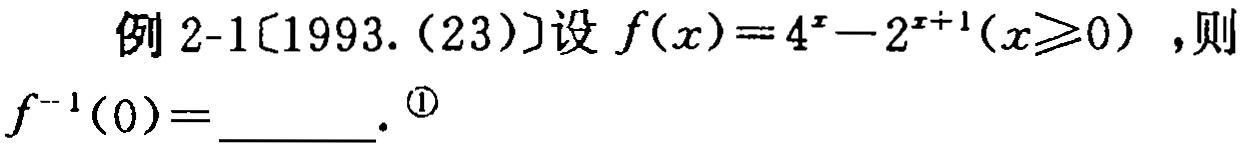
例 2-1〔1993.(23)〕设 \(f(x)=4^{x}-2^{x + 1}(x\geqslant0)\) ，则 \(f^{-1}(0)=\underline{\quad\quad}\). \textcircled{1}